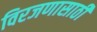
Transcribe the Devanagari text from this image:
विरजणासाठी